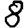
Digit: 8